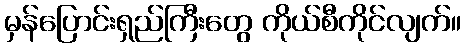
မှန်ပြောင်းရှည်ကြီးတွေ ကိုယ်စီကိုင်လျက်။